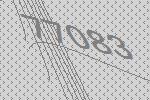
77083